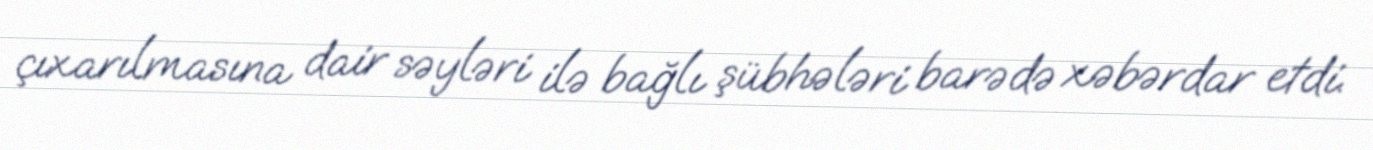
çıxarılmasına dair səyləri ilə bağlı şübhələri barədə xəbərdar etdi.